Report on the working of the mental hospitals for Indians in Bihar and Orissa - 1925-1929
Year: 1925
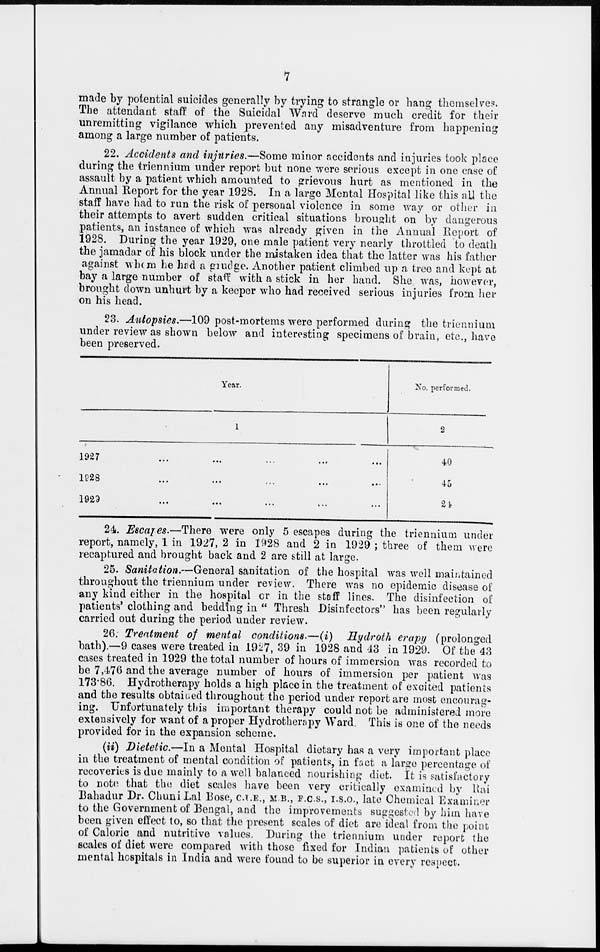
7
made by potential suicides generally by trying to strangle or hang themselves.
The attendant staff of the Suicidal Ward deserve much credit for their
unremitting vigilance which prevented any misadventure from happening
among a large number of patients.
22. Accidents and injuries.—Some minor accidents and injuries took place
during the triennium under report but none were serious except in one case of
assault by a patient which amounted to grievous hurt as mentioned in the
Annual Report for the year 1928. In a large Mental Hospital like this all the
staff have had to run the risk of personal violence in some way or other in
their attempts to avert sudden critical situations brought on by dangerous
patients, an instance of which was already given in the Annual Report of
1928. During the year 1929, one male patient very nearly throttled to death
the jamadar of his block under the mistaken idea that the latter was his father
against whom he had a grudge. Another patient climbed up a tree and kept at
bay a large number of staff with a stick in her hand. She was, however,
brought down unhurt by a keeper who had received serious injuries from her
on his head.
23. Autopsies.—109 post-mortems were performed during the triennium
under review as shown below and interesting specimens of brain, etc., have
been preserved.
Year.
1
1927 ... ... ... ... ...
1928 ... ... ... ... ...
1929 ... ... ... ... ...
No. performed.
2
40
45
24
24. Escapes.—There were only 5 escapes during the triennium under
report, namely, 1 in 1927, 2 in 1928 and 2 in 1929 ; three of them were
recaptured and brought back and 2 are still at large.
25. Sanitation.—General sanitation of the hospital was well maintained
throughout the triennium under review. There was no epidemic disease of
any kind either in the hospital or in the staff lines. The disinfection of
patients' clothing and bedding in " Thresh Disinfectors" has been regularly
carried out during the period under review.
26. Treatment of mental conditions.—(i) Hydroth erapy (prolonged
bath).—9 cases were treated in 1927, 39 in 1928 and 43 in 1929. Of the 43
cases treated in 1929 the total number of hours of immersion was recorded to
be 7,476 and the average number of hours of immersion per patient was
173.86. Hydrotherapy holds a high place in the treatment of excited patients
and the results obtained throughout the period under report are most encourag-
ing. Unfortunately this important therapy could not be administered more
extensively for want of a proper Hydrotherapy Ward. This is one of the needs
provided for in the expansion scheme.
(ii) Dietetic.—In a Mental Hospital dietary has a very important place
in the treatment of mental condition of patients, in fact a large percentage of
recoveries is due mainly to a well balanced nourishing diet. It is satisfactory
to note that the diet scales have been very critically examined by Rai
Bahadur Dr. Chuni Lal Bose, C.I.E., M.B., F.C.S., I.S.O., late Chemical Examiner
to the Government of Bengal, and the improvements suggested by him have
been given effect to, so that the present scales of diet are ideal from the point
of Caloric and nutritive values. During the triennium under report the
scales of diet were compared with those fixed for Indian patients of other
mental hospitals in India and were found to be superior in every respect.